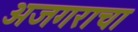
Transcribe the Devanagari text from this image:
अजगराचा